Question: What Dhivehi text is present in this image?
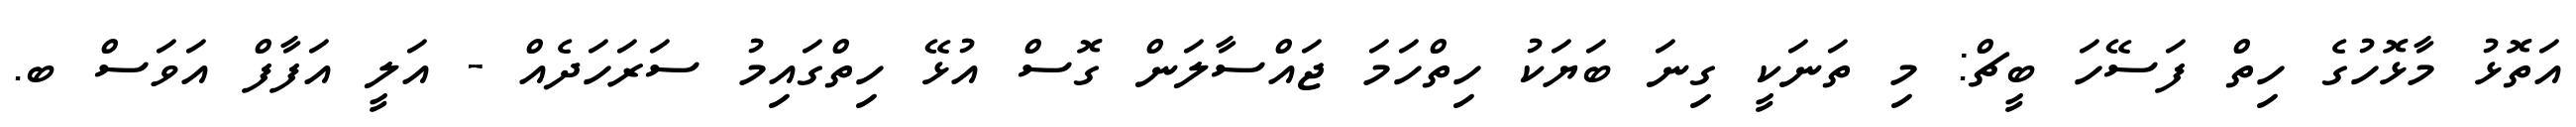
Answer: އަތޮޅު މާޅޮހުގެ ހިތް ފަސޭހަ ބީޗް: މި ތަނަކީ ގިނަ ބަޔަކު ހިތްހަމަ ޖައްސާލަން ގޮސް އުޅޭ ހިތްގައިމު ސަރަހަދެއް - އަލީ އަފާފް އަވަސް ބ.